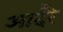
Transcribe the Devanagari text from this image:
आदरै